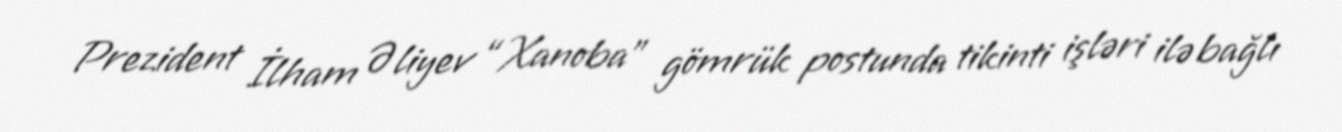
Prezident İlham Əliyev “Xanoba” gömrük postunda tikinti işləri ilə bağlı